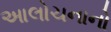
આલોચનાનો